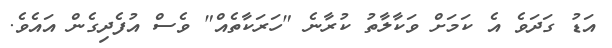
އަޑު ގަދަވެ އެ ކަމަށް ވަކާލާތު ކުރާނެ "ހަރަކާތެއް" ވެސް އުފެދިގެން އައެވެ.